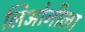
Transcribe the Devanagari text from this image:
लिओनीला